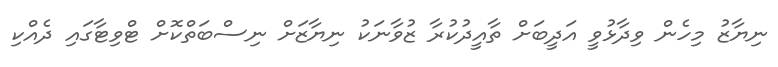
ނިޔާޒު މިހެން ވިދާޅުވީ އަދީބަށް ތާއީދުކުރާ ޒުވާނަކު ނިޔާޒަށް ނިސްބަތްކޮށް ޓްވިޓާގައި ދެއްކި